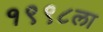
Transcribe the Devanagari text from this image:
१९९८ला